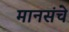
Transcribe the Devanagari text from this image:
मानसंचे